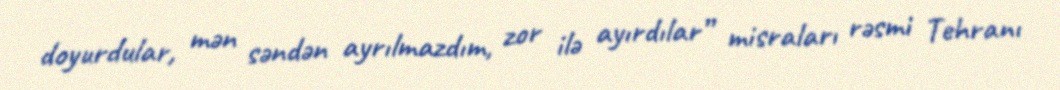
doyurdular, mən səndən ayrılmazdım, zor ilə ayırdılar” misraları rəsmi Tehranı